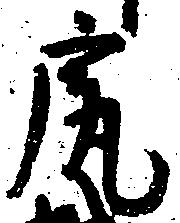
尻